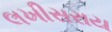
લખીસરાય